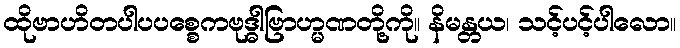
ထိုဗာဟိတပါပပစ္စေကဗုဒ္ဓါဗြာဟ္မဏတို့ကို။ နိမန္တယ၊ သင့်ပင့်ပါလော။